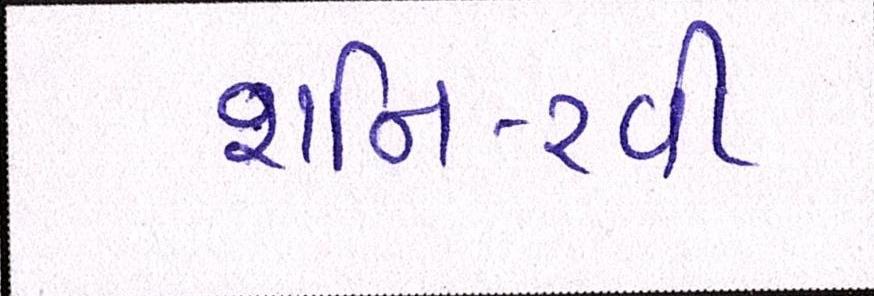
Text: શનિ-રવી